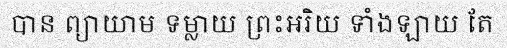
បាន ព្យាយាម ទម្លាយ ព្រះអរិយ ទាំងឡាយ តែ